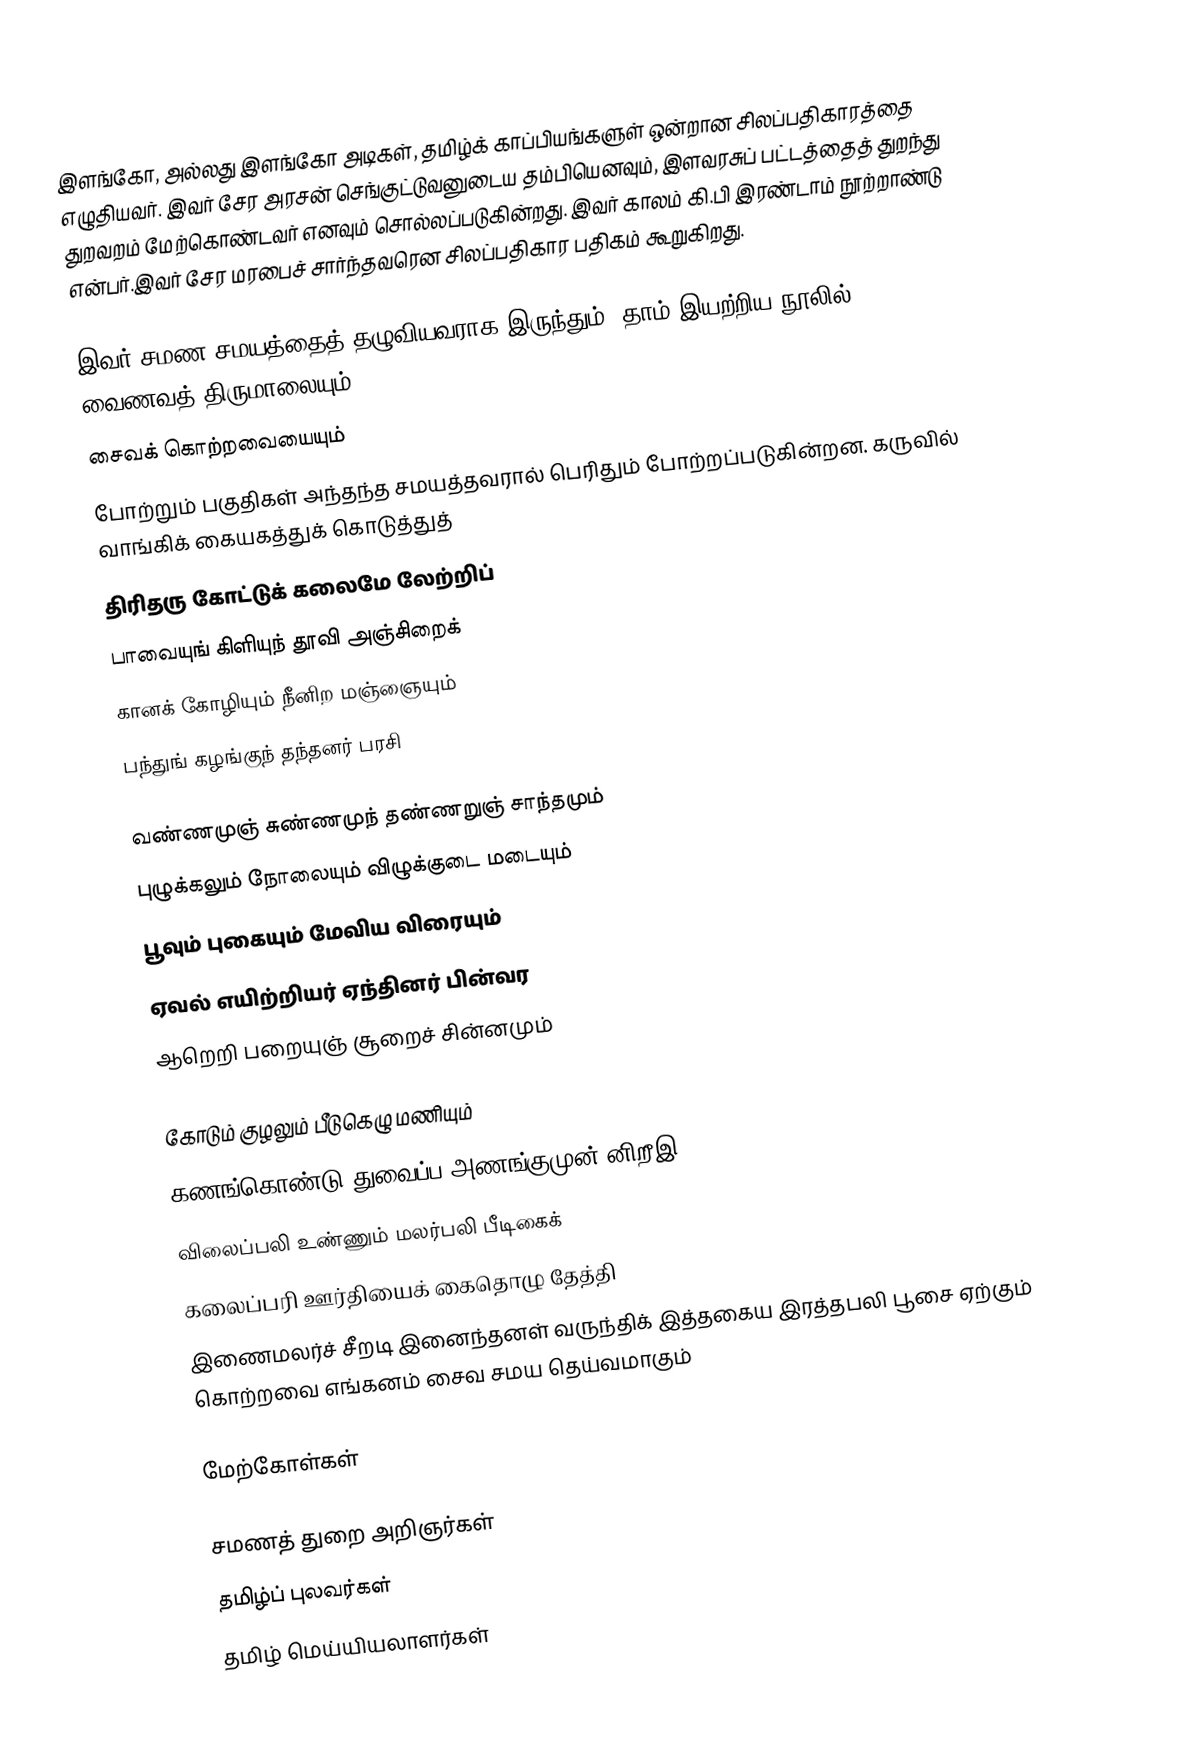
இளங்கோ, அல்லது இளங்கோ அடிகள், தமிழ்க் காப்பியங்களுள் ஒன்றான சிலப்பதிகாரத்தை எழுதியவர். இவர் சேர அரசன் செங்குட்டுவனுடைய தம்பியெனவும், இளவரசுப் பட்டத்தைத் துறந்து துறவறம் மேற்கொண்டவர் எனவும் சொல்லப்படுகின்றது. இவர் காலம் கி.பி இரண்டாம் நூற்றாண்டு என்பர்.இவர் சேர மரபைச் சார்ந்தவரென சிலப்பதிகார பதிகம் கூறுகிறது.

இவர் சமண சமயத்தைத் தழுவியவராக இருந்தும், தாம் இயற்றிய நூலில் வைணவத் திருமாலையும்,
சைவக் கொற்றவையையும்
போற்றும் பகுதிகள் அந்தந்த சமயத்தவரால் பெரிதும் போற்றப்படுகின்றன.                           கருவில் வாங்கிக் கையகத்துக் கொடுத்துத்
திரிதரு கோட்டுக் கலைமே லேற்றிப்
பாவையுங் கிளியுந் தூவி அஞ்சிறைக்
கானக் கோழியும் நீனிற மஞ்ஞையும்
பந்துங் கழங்குந் தந்தனர் பரசி

வண்ணமுஞ் சுண்ணமுந் தண்ணறுஞ் சாந்தமும்
புழுக்கலும் நோலையும் விழுக்குடை மடையும்
பூவும் புகையும் மேவிய விரையும்
ஏவல் எயிற்றியர் ஏந்தினர் பின்வர
ஆறெறி பறையுஞ் சூறைச் சின்னமும்

கோடும் குழலும் பீடுகெழு மணியும்
கணங்கொண்டு துவைப்ப அணங்குமுன் னிறீஇ
விலைப்பலி உண்ணும் மலர்பலி பீடிகைக்
கலைப்பரி ஊர்தியைக் கைதொழு தேத்தி
இணைமலர்ச் சீறடி இனைந்தனள் வருந்திக்    இத்தகைய இரத்தபலி பூசை ஏற்கும் கொற்றவை எங்கனம் சைவ சமய தெய்வமாகும்

மேற்கோள்கள்

சமணத் துறை அறிஞர்கள்
தமிழ்ப் புலவர்கள்
தமிழ் மெய்யியலாளர்கள்